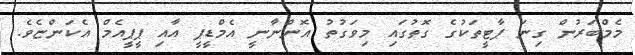
މެމްބަރުން ގިނަ ޕާޓީތަކުގެ ގޮތުގައި މިވަގުތު އޮންނާނީ އެމްޑީޕީ އާއި ޕީޕީއެމް އެކަންޏެވެ.